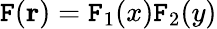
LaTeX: \mathtt{F}(\mathbf{{r}})=\mathtt{F}_{1}(x)\mathtt{F}_{2}(y)